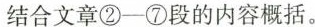
结合文章②一⑦段的内容概括。